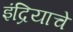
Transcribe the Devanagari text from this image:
इंद्रियाचे